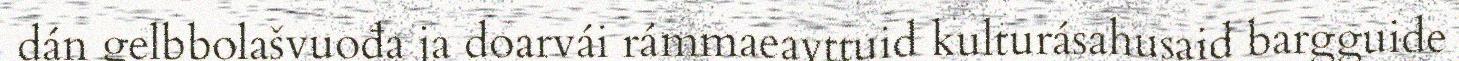
dán gelbbolašvuođa ja doarvái rámmaeavttuid kulturásahusaid bargguide